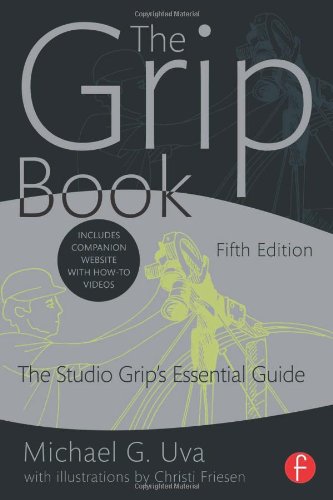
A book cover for The Grip Book: The Studio Grip's Essential Guide; Michael G. Uva; Humor & Entertainment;